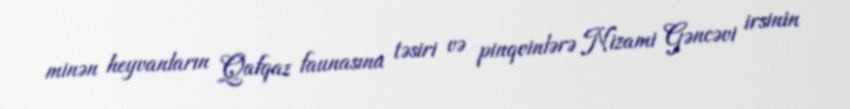
minən heyvanların Qafqaz faunasına təsiri və pinqvinlərə Nizami Gəncəvi irsinin